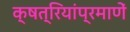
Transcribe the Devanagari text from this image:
क्षत्रियांप्रमाणें